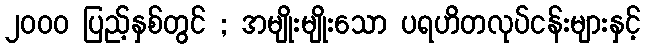
၂၀၀၀ ပြည့်နှစ်တွင် ; အမျိုးမျိုးသော ပရဟိတလုပ်ငန်းများနှင့်